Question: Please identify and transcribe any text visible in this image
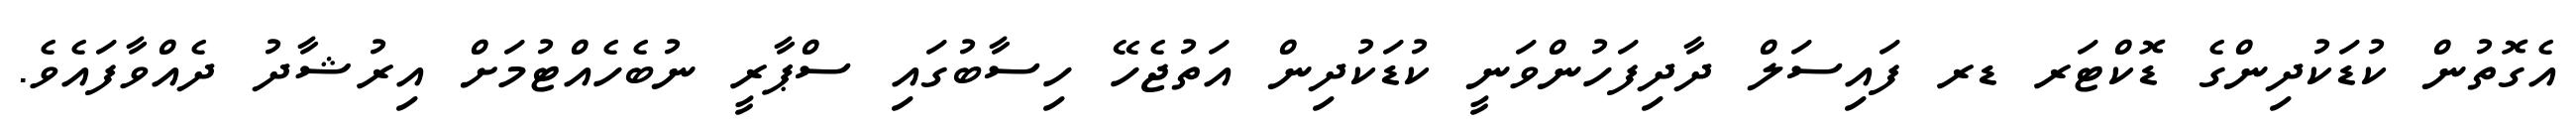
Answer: އެގޮތުން ކުޑަކުދިންގެ ޑޮކްޓަރ ޑރ ފައިސަލް ދާދިފަހުންވަނީ ކުޑަކުދިން އަތުޖެހޭ ހިސާބުގައި ސްޕާރީ ނުބެހެއްޓުމަށް އިރުޝާދު ދެއްވާފައެވެ.